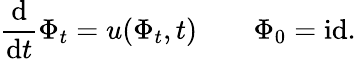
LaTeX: \frac{\mathrm{d}}{\mathrm{d}t}\Phi_{t}=u(\Phi_{t},t)\qquad\Phi_{0}=\mathrm{id}.